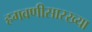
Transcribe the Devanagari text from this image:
हगवणीसारख्या